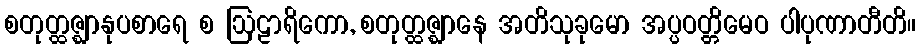
စတုတ္ထဇ္ဈာနုပစာရေ စ ဩဠာရိကော, စတုတ္ထဇ္ဈာနေ အတိသုခုမော အပ္ပဝတ္တိမေဝ ပါပုဏာတီတိ။